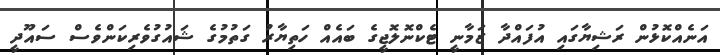
އަނެއްކޮޅުން ރަޝިޔާގައި އުފައްދާ ޒަމާނީ ޓެކްނޮލޮޖީގެ ބައެއް ހަތިޔާރު ގަތުމުގެ ޝައުގުވެރިކަންވެސް ސައޫދީ